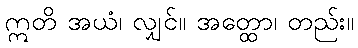
ဣတိ အယံ၊ လျှင်။ အတ္ထော၊ တည်း။